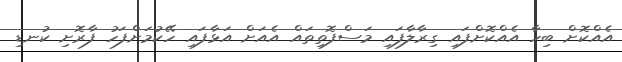
އެއްކޮށް ބިހާ އެއްކޮށްފައި ގިރާލާފައި މަސްފޮތިތައް އެއަށް އަޅާފައި ހޭކުމަށްފަހު ފާރޮށި ކުނޑި